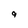
Character: g